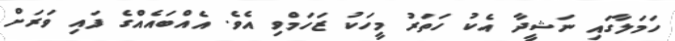
ހަމަލާގައި ނަޝީދާ އެކު ހަތަރު މީހަކު ޒަހަމްވި އެވެ. އެއްބައެއްގެ ފައި ވަރަށް